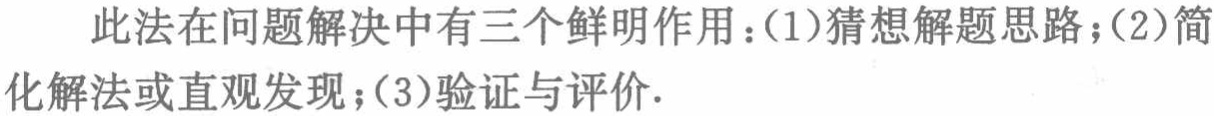
此法在问题解决中有三个鲜明作用：(1)猜想解题思路；(2)简化解法或直观发现；(3)验证与评价.